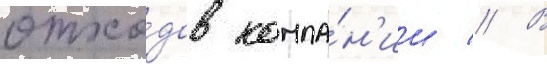
отхо́дов компа́н'ии // В